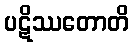
ပဋိဿတောတိ